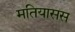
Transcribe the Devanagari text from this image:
मतियासस